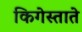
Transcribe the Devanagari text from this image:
किगेस्ताते